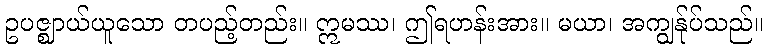
ဥပဇ္ဈာယ်ယူသော တပည့်တည်း။ ဣမဿ၊ ဤရဟန်းအား။ မယာ၊ အကျွန်ုပ်သည်။